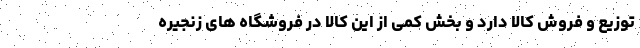
توزیع و فروش کالا دارد و بخش کمی از این کالا در فروشگاه های زنجیره